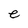
Character: e